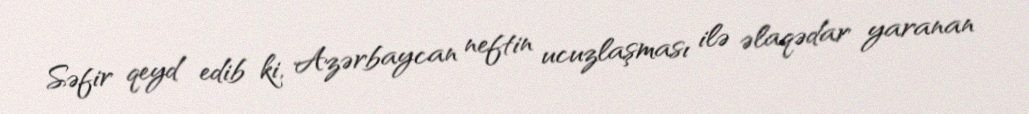
Səfir qeyd edib ki, Azərbaycan neftin ucuzlaşması ilə əlaqədar yaranan